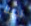
لدينا